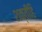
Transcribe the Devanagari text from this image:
शक्तीहि